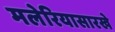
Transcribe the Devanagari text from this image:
मलेरियासारखे